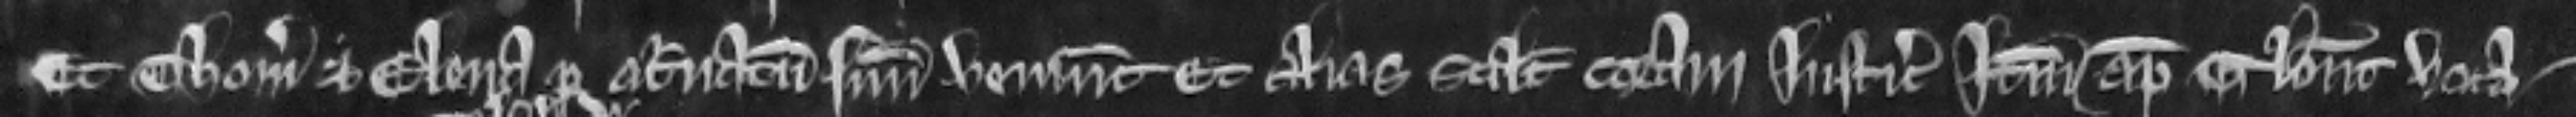
Et Thomas et Elena per attornatum suum veniunt. Et alias scilicet coram justiciariis   itinerantibus apud Glouc voca